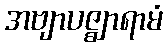
အဗျာပဇ္ဈာရာမံ